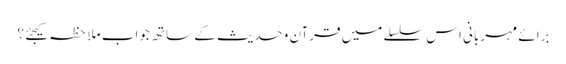
برائے مہربانی اس سلسلے میں قرآن وحدیث کے ساتھ جواب ملاحظہ کیجئے ؟